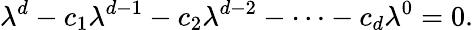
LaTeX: \lambda^{d}-c_{1}\lambda^{d-1}-c_{2}\lambda^{d-2}-\cdots-c_{d}\lambda^{0}=0.